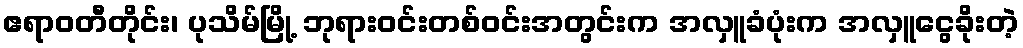
ဧရာဝတီတိုင်း၊ ပုသိမ်မြို့ ဘုရားဝင်းတစ်ဝင်းအတွင်းက အလှူခံပုံးက အလှူငွေခိုးတဲ့